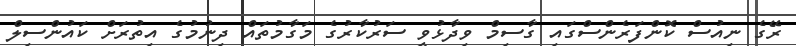
ރޭގެ ނިއުސް ކޮންފަރެންސްގައި ގާސިމް ވިދާޅުވީ ސަރުކާރުގެ މަގާމުތައް ދިނުމުގެ އިތުރަށް ކައުންސިލް